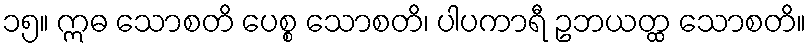
၁၅။ ဣဓ သောစတိ ပေစ္စ သောစတိ၊ ပါပကာရီ ဥဘယတ္ထ သောစတိ။